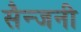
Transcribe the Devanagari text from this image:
सैन्जनी